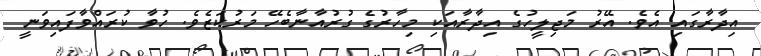
އިދާރާގައި އެވެ. އޭރު މަޖިލީހުގެ އިދާރާއަކި މިހާރުގެ ގުރުއާނާބެހޭ މަރުކަޒެވެ. ހުވާ ކުރައްވާފައިވަނީ